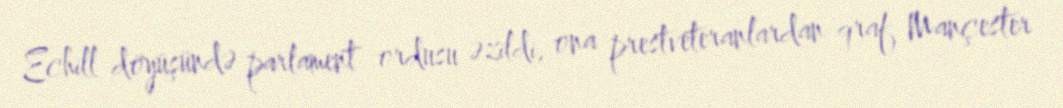
Echill döyüşündə parlament ordusu əzildi, ona prestveteranlardan qraf Mançester